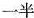
一半